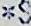
*S